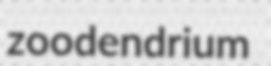
zoodendrium